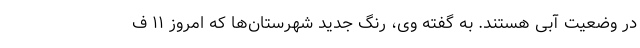
در وضعیت آبی هستند. به گفته وی، رنگ جدید شهرستان‌ها که امروز ۱۱ ف